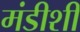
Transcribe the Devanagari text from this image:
मंडीशी